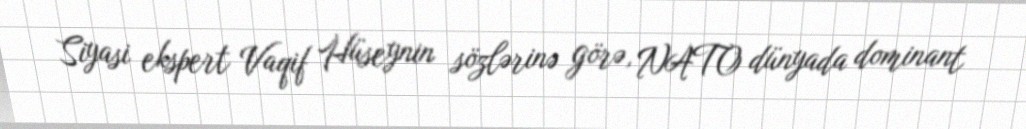
Siyasi ekspert Vaqif Hüseynin sözlərinə görə, NATO dünyada dominant